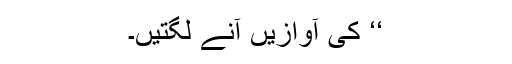
‘‘ کی آوازیں آنے لگتیں۔